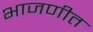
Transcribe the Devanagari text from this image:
भाजणीत